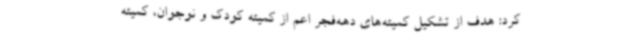
کرد: هدف از تشکیل کمیته‌های دهه‌فجر اعم از کمیته کودک و نوجوان، کمیته